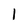
Character: l